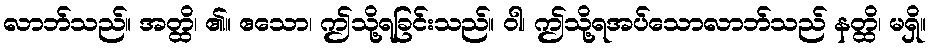
လာဘ်သည်။ အတ္ထိ၊ ၏။ ဧသော၊ ဤသို့ရခြင်းသည်။ ဝါ၊ ဤသို့ရအပ်သောလာဘ်သည် နတ္ထိ၊ မရှိ။